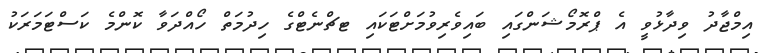
އިމްޖާދު ވިދާޅުވީ އެ ޕްރޮމޯޝަންގައި ބައިވެރިވުމަށްޓަކައި ޓޗްނެޓްގެ ހިދުމަތް ހޯއްދަވާ ކޮންމެ ކަސްޓަމަރަކު